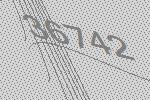
36742